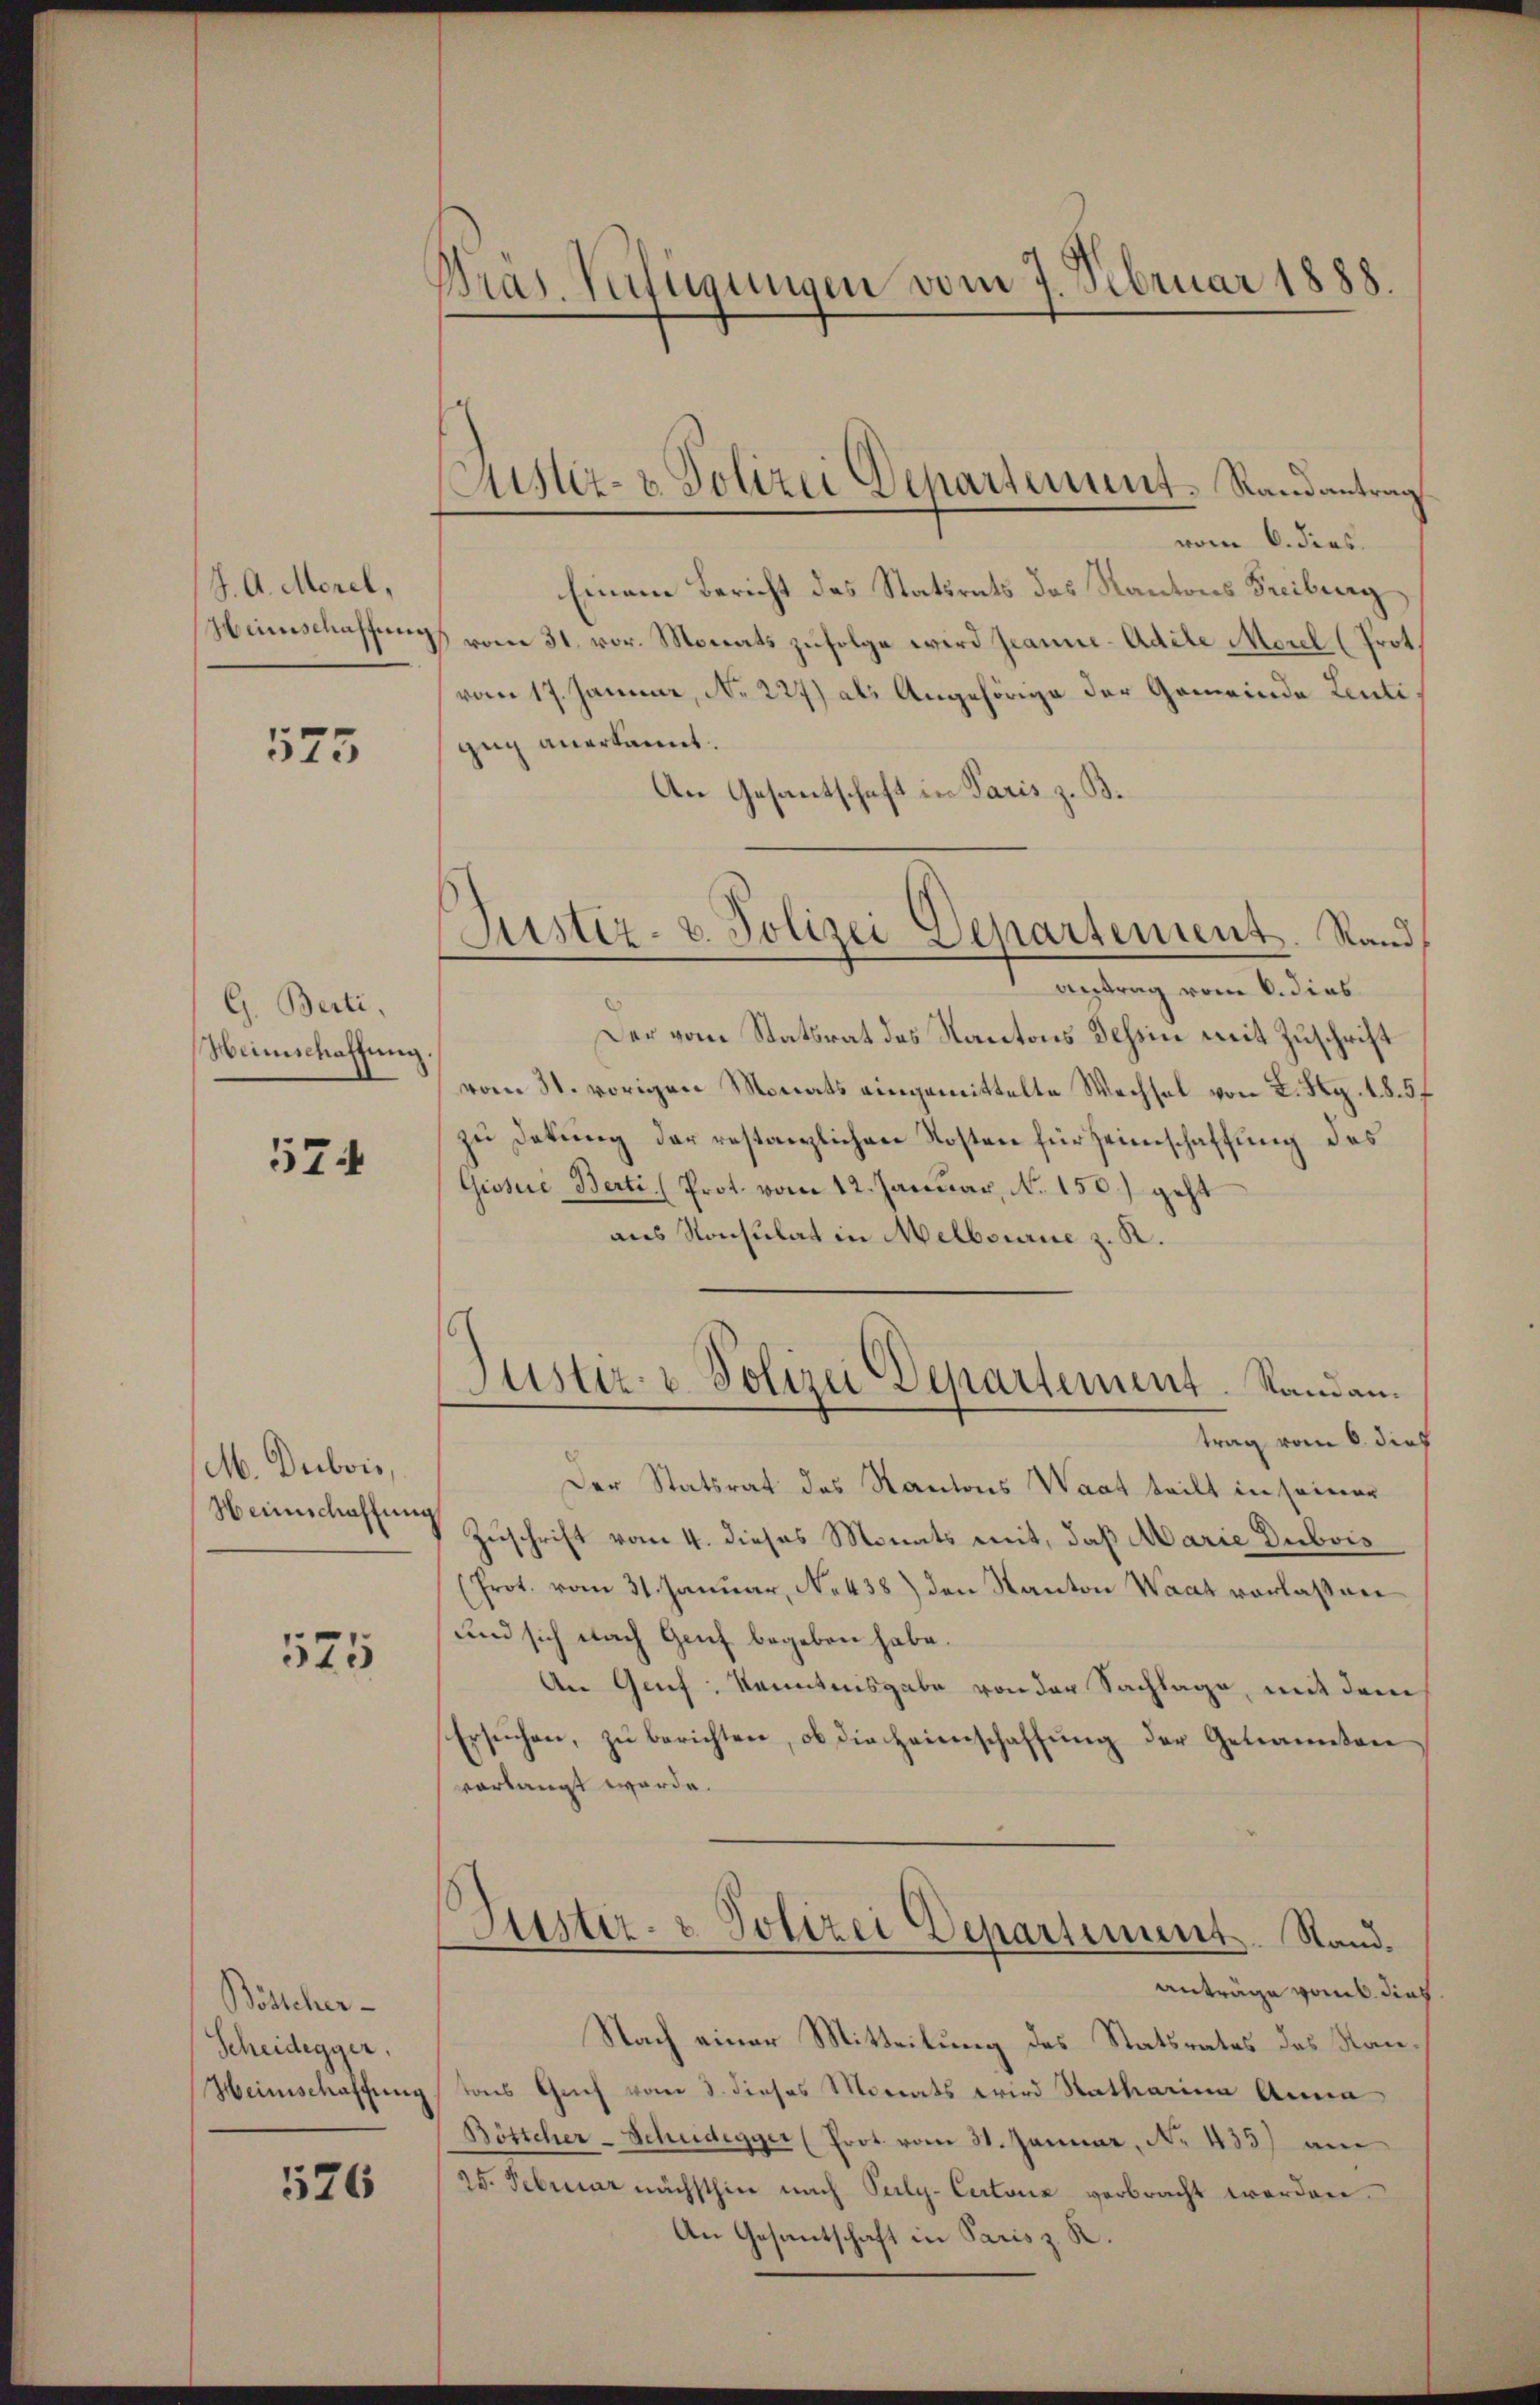
J. A. Morel,
Heinschaffung

575

G. Berti,
Heimschaffung

574

M. Dubois,
Heimschaffung

575

Böstcher-
Scheidegger,
Heimschaffung

526

Bras. Verfügungen vom 7. Februar 1888.

vom 6. dies
Einem Bericht des Statsrats des Kantons Freiburg
 vom 31. vor. Monats zŭfolge wird geanne-Adite Morel (Prot.
vom 17. Januar, No. 227) als Angehörige der Gemeinde Leuti
zug anerkannt.
An Gesantschaft in Paris z. B.
antrag vom 6. dies
Der vom Statsrat des Kantons Tessin mit Zuschrift
vom 31. vorigen Monats eingemittelte Wechsel von 2. Aug. 18. 5
zu Detung der restanzlichen Kosten für Heimschaffung des
Gissue Berti (Prot. vom 12. Januar, No. 150.) geht
aus Konsulat in Melbourie z. R.
Justiz- & Polizei Departement. Sandantrag vom 6. dies
Der Statsrat des Kantons Waat teilt in seiner
Zuschrift vom 4. dieses Monats mit, daß Marie Dubois
(Prot. vom 31. Januar, No. 438) den Kanton Waat verlaßen
und sich nach Genf begeben habe.
An Genf, Kenntnisgabe von der Sachlage, mit dem
Ersŭchen, zŭ berichten, ob die Heimschaffŭng der Genannten
vorlangt werde.
Justiz- & Polizei Departement. Stand.
anträge von dies
Nach einer Mitteilung des Statsrates des Kantons Grief vom 3. dieses Monats wird Statharina Anna
Böttcher-Schuldegger (Prot. vom 31. Januar, No. 433) am
25. Februar nächsthin nach Puly-Certone verbracht werden.
An Gesantschaft in Paris z. R.

Astiz- & Polizei Departement-Randantrag.

Justiz- u. Polizei Departement. Stand